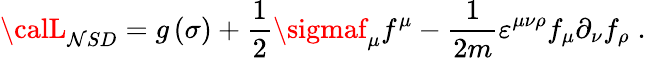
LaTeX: {\calL}_{\mathcal{N}SD}=g\left(\sigma\right)+\frac{1}{{2}}\sigmaf_{\mu}f^{\mu}-\frac{1}{{2m}}\varepsilon^{\mu\nu\rho}f_{\mu}\partial_{\nu}f_{\rho}\; .